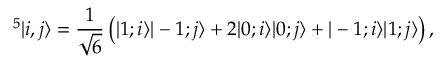
^ 5 | i , j \rangle = \frac { 1 } { \sqrt { 6 } } \left( | 1 ; i \rangle | - 1 ; j \rangle + 2 | 0 ; i \rangle | 0 ; j \rangle + | - 1 ; i \rangle | 1 ; j \rangle \right) ,